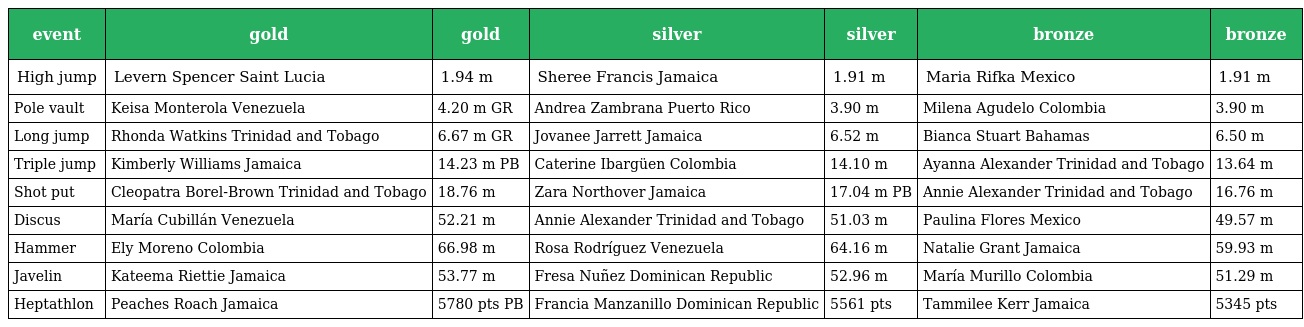
| event | gold | gold | silver | silver | bronze | bronze |
 | --- | --- | --- | --- | --- | --- | --- |
 | High jump | Levern Spencer Saint Lucia | 1.94 m | Sheree Francis Jamaica | 1.91 m | Maria Rifka Mexico | 1.91 m |
 | Pole vault | Keisa Monterola Venezuela | 4.20 m GR | Andrea Zambrana Puerto Rico | 3.90 m | Milena Agudelo Colombia | 3.90 m |
 | Long jump | Rhonda Watkins Trinidad and Tobago | 6.67 m GR | Jovanee Jarrett Jamaica | 6.52 m | Bianca Stuart Bahamas | 6.50 m |
 | Triple jump | Kimberly Williams Jamaica | 14.23 m PB | Caterine Ibargüen Colombia | 14.10 m | Ayanna Alexander Trinidad and Tobago | 13.64 m |
 | Shot put | Cleopatra Borel-Brown Trinidad and Tobago | 18.76 m | Zara Northover Jamaica | 17.04 m PB | Annie Alexander Trinidad and Tobago | 16.76 m |
 | Discus | María Cubillán Venezuela | 52.21 m | Annie Alexander Trinidad and Tobago | 51.03 m | Paulina Flores Mexico | 49.57 m |
 | Hammer | Ely Moreno Colombia | 66.98 m | Rosa Rodríguez Venezuela | 64.16 m | Natalie Grant Jamaica | 59.93 m |
 | Javelin | Kateema Riettie Jamaica | 53.77 m | Fresa Nuñez Dominican Republic | 52.96 m | María Murillo Colombia | 51.29 m |
 | Heptathlon | Peaches Roach Jamaica | 5780 pts PB | Francia Manzanillo Dominican Republic | 5561 pts | Tammilee Kerr Jamaica | 5345 pts |